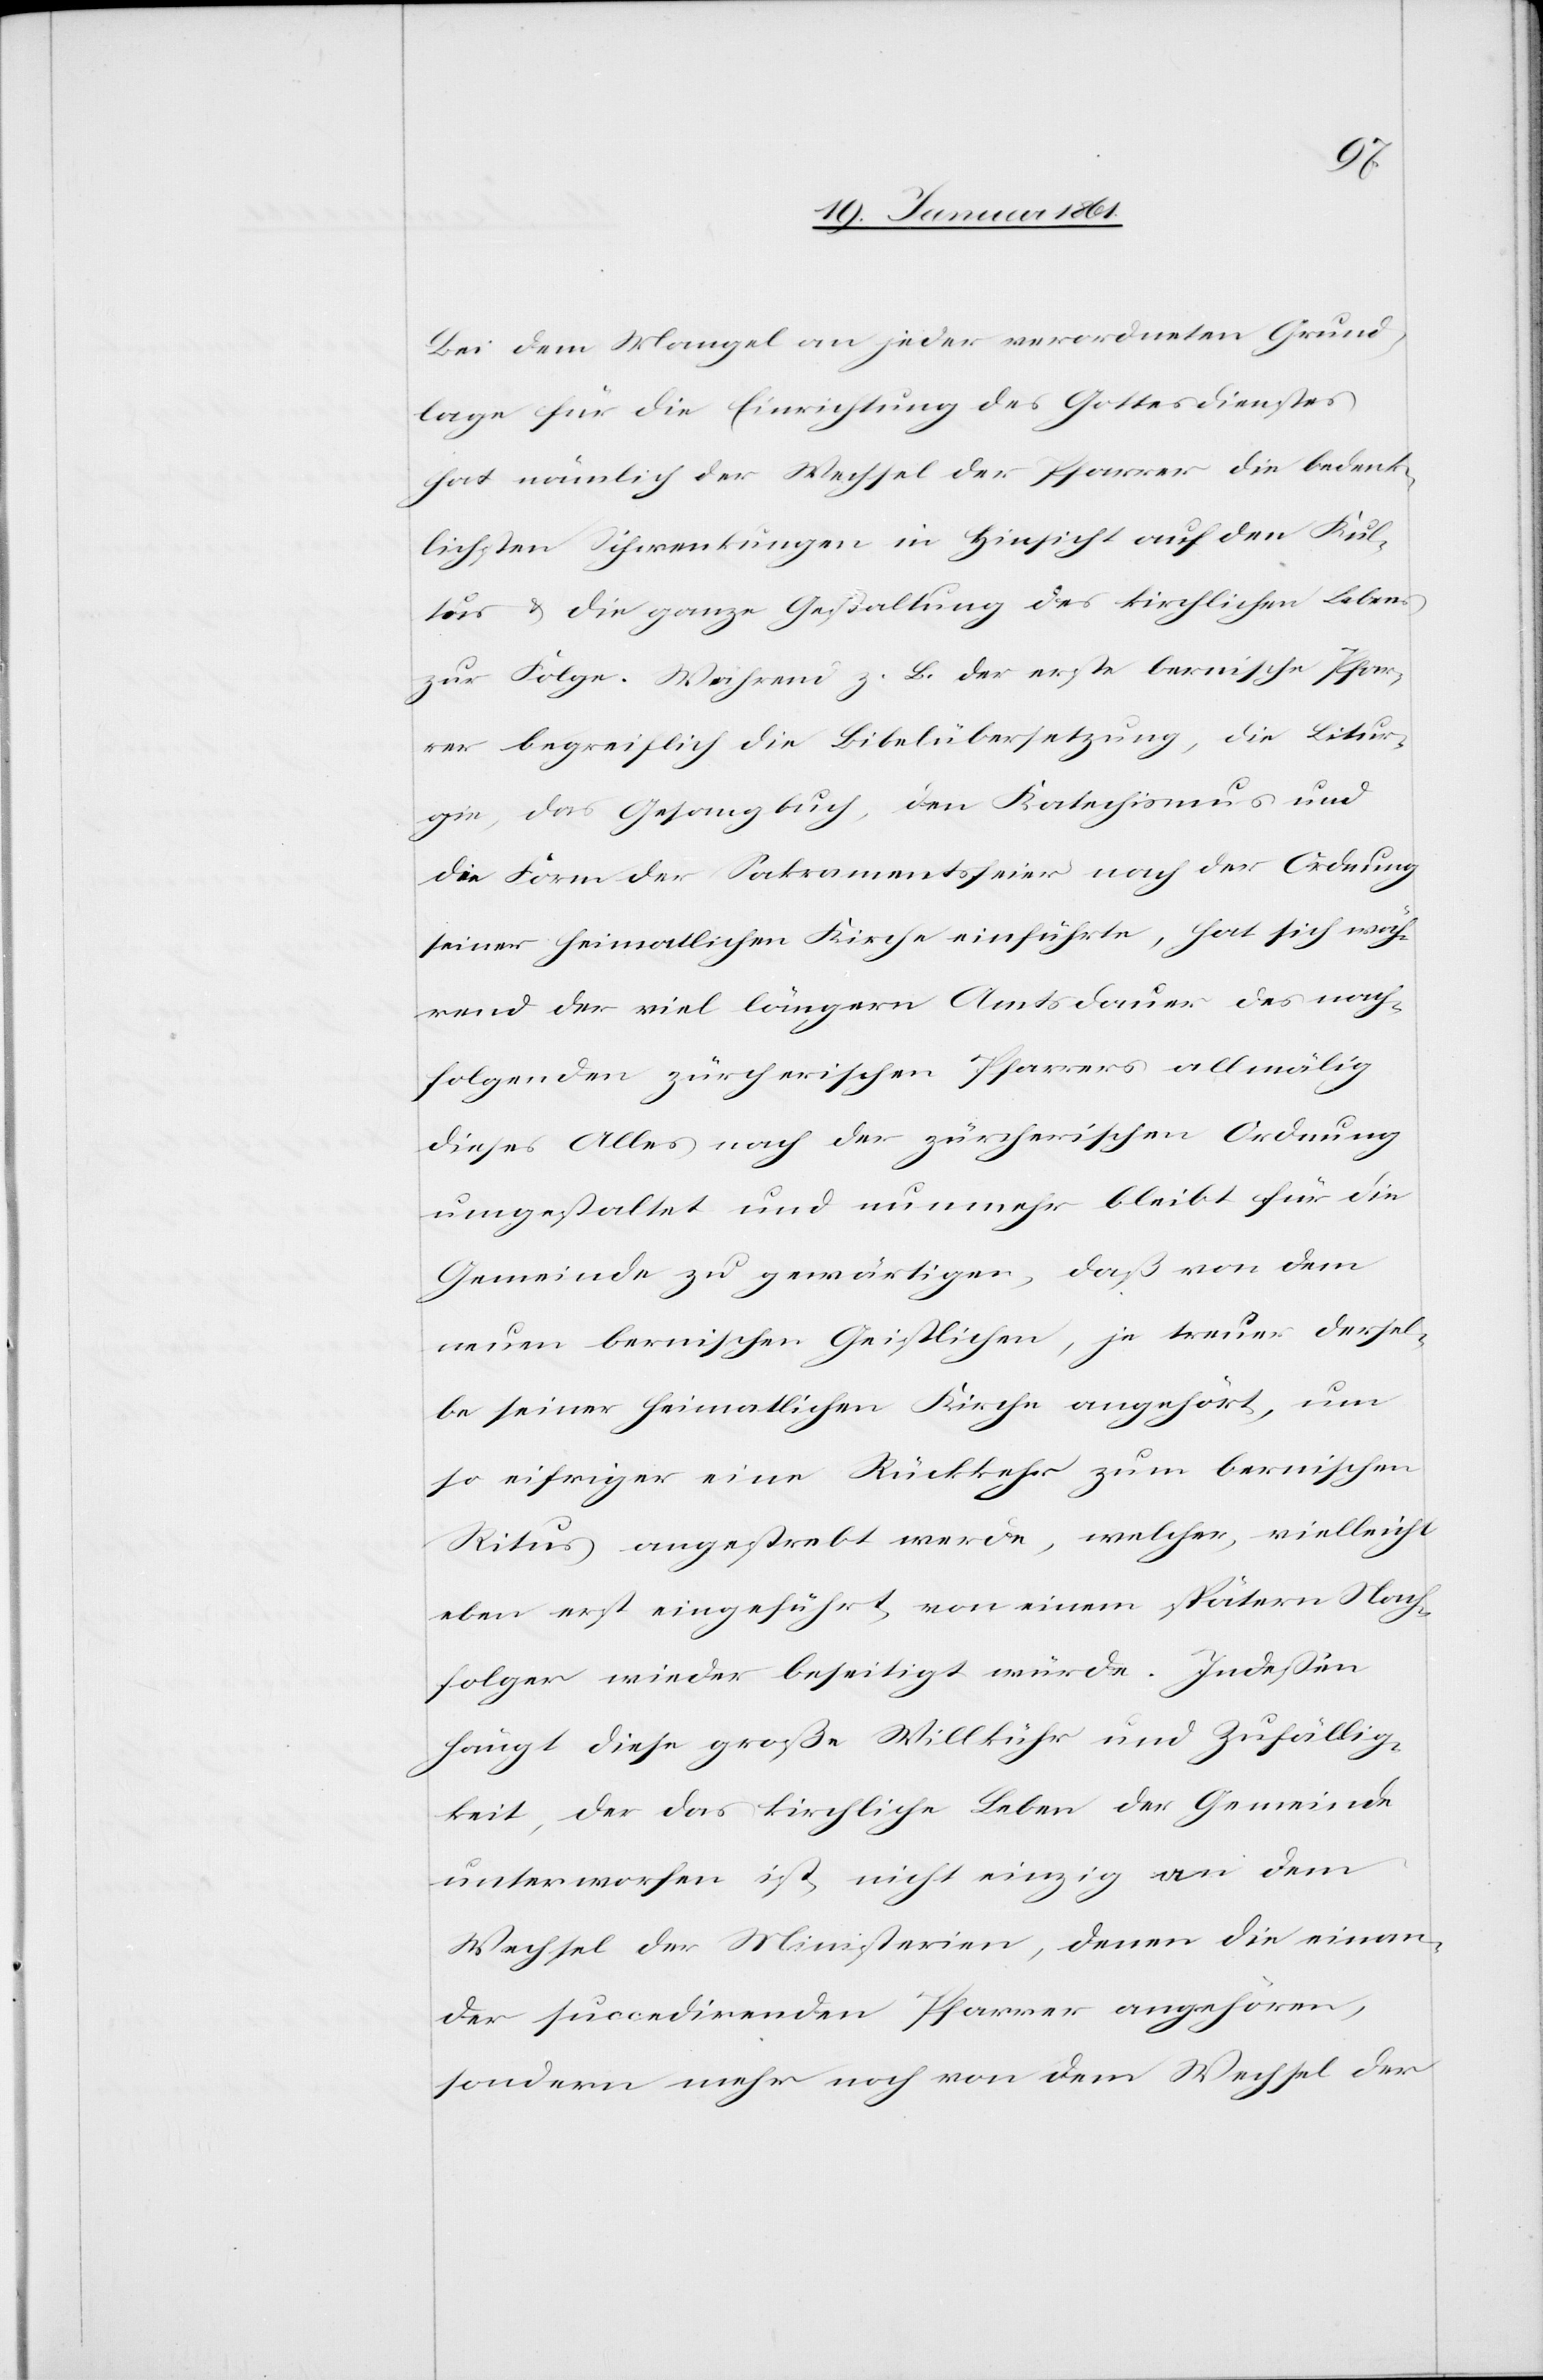
Bei dem Mangel an jeder verordneten Grund¬
lage für die Einrichtung des Gottesdienstes
hat nämlich der Wechsel der Pfarrer die bedenk¬
lichsten Schwankungen in Hinsicht auf den Kul¬
tus u. die ganze Gestaltung des kirchlichen Lebens
zur Folge. Während z. B. der erste bernische Pfar¬
rer begreiflich die Bibelübersetzung, die Litur¬
gie, das Gesangbuch, den Katechismus und
die Form der Sakramentsfeier nach der Ordnung
seiner heimatlichen Kirche einführte, hat sich wäh¬
rend der viel längern Amtsdauer des nach¬
folgenden zürcherischen Pfarrers allmälig
dieses Alles nach der zürcherische Ordnung
umgestaltet und nunmehr bleibt für die
Gemeinde zu gewärtigen, daß von dem
neuen bernischen Geistlichen, je treuer dersel¬
be seiner heimatlichen Kirche angehört, um
so eifriger eine Rückkehr zum bernischen
Ritus angestrebt werde, welcher, vielleicht
eben erst eingeführt, von einem spätern Nach¬
folger wieder beseitigt würde. Indessen
hängt diese große Willkühr und Zufällig¬
keit, der das kirchliche Leben der Gemeinde
unterworfen ist, nicht einzig an dem
Wechsel der Ministerien, denen die einan¬
der succedirenden Pfarrer angehören,
sondern mehr noch von dem Wechsel der